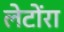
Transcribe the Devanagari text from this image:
लेटोंरा